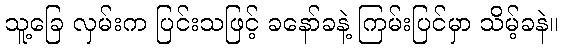
သူ့ခြေ လှမ်းက ပြင်းသဖြင့် ခနော်ခနဲ့ ကြမ်းပြင်မှာ သိမ့်ခနဲ။